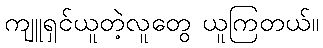
ကျူရှင်ယူတဲ့လူတွေ ယူကြတယ်။